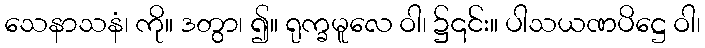
သေနာသနံ၊ ကို။ ဒတွာ၊ ၍။ ရုက္ခမူလေ ဝါ၊ ၌၎င်း။ ပါသယဏပိဋ္ဌေ ဝါ၊